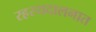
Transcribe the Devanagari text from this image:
रहस्यदालनात